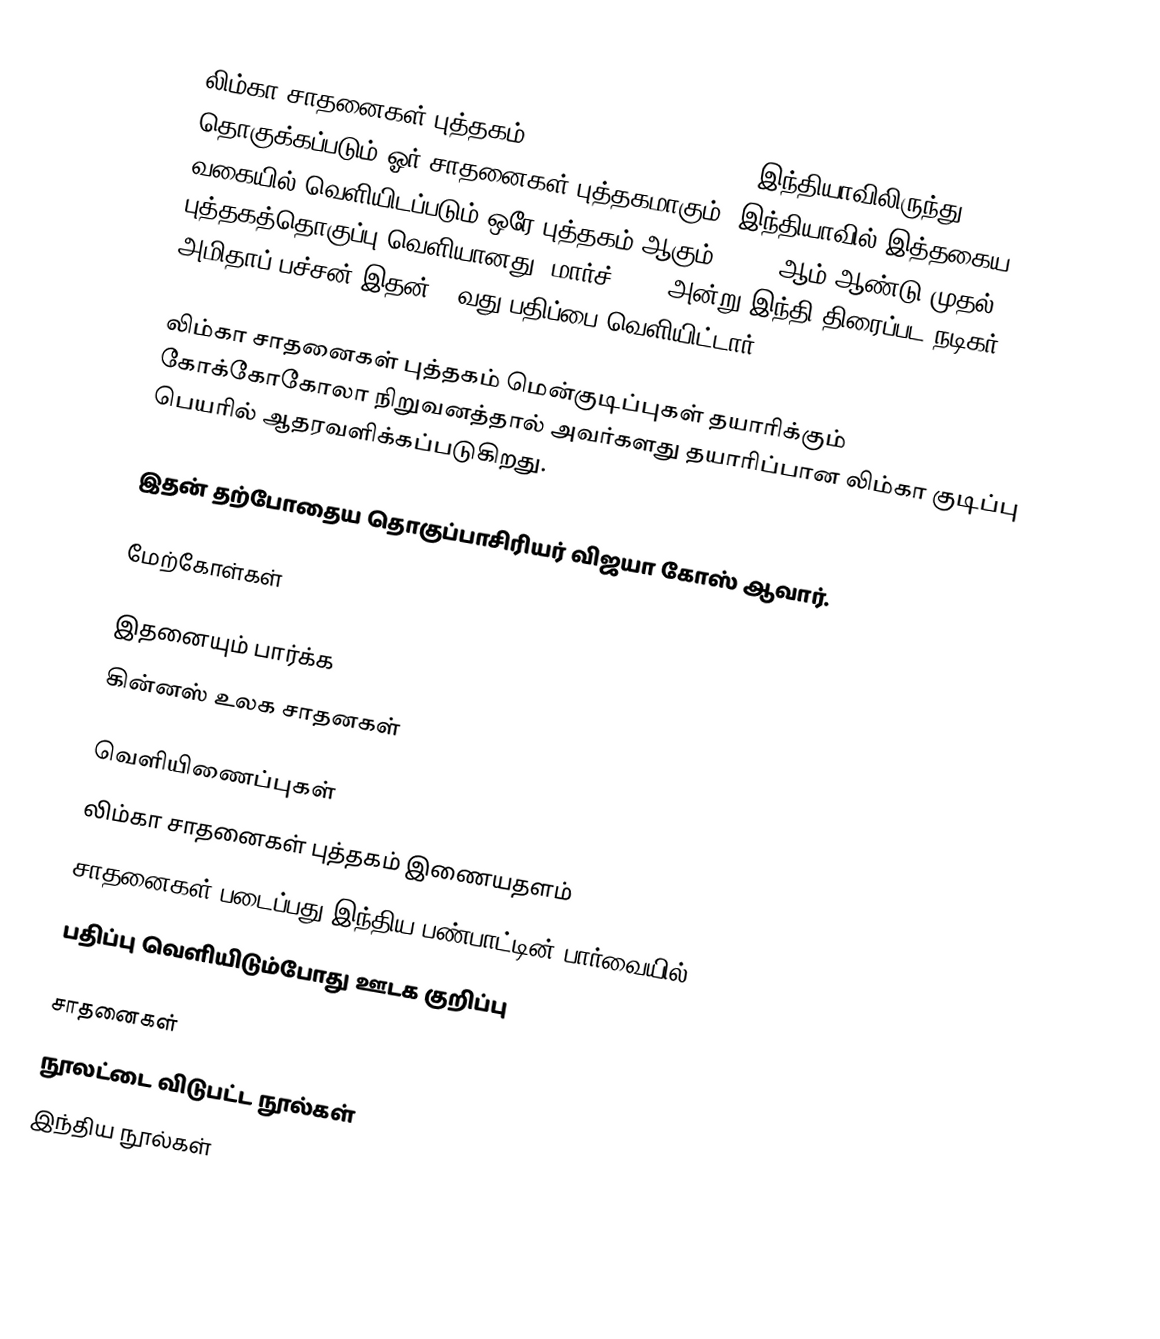
லிம்கா சாதனைகள் புத்தகம் (Limca Book of Records) இந்தியாவிலிருந்து தொகுக்கப்படும் ஓர் சாதனைகள் புத்தகமாகும். இந்தியாவில் இத்தகைய வகையில் வெளியிடப்படும் ஒரே புத்தகம் ஆகும். 1990 ஆம் ஆண்டு முதல் புத்தகத்தொகுப்பு வெளியானது. மார்ச் 2009 அன்று இந்தி திரைப்பட நடிகர் அமிதாப் பச்சன் இதன் 20வது பதிப்பை வெளியிட்டார்.

லிம்கா சாதனைகள் புத்தகம் மென்குடிப்புகள் தயாரிக்கும் கோக்கோகோலா நிறுவனத்தால் அவர்களது தயாரிப்பான லிம்கா குடிப்பு பெயரில் ஆதரவளிக்கப்படுகிறது.

இதன் தற்போதைய தொகுப்பாசிரியர் விஜயா கோஸ் ஆவார்.

மேற்கோள்கள்

இதனையும் பார்க்க
கின்னஸ் உலக சாதனகள்

வெளியிணைப்புகள்
 லிம்கா சாதனைகள் புத்தகம் இணையதளம்
 சாதனைகள் படைப்பது இந்திய பண்பாட்டின் பார்வையில்
 பதிப்பு வெளியிடும்போது ஊடக குறிப்பு

சாதனைகள்
நூலட்டை விடுபட்ட நூல்கள்
இந்திய நூல்கள்